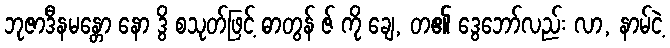
ဘုဇာဒီနမန္တော နော ဒွိ စသုတ်ဖြင့် ဓာတွန် ဇ် ကို ချေ, တ၏ ဒွေဘော်လည်း လာ, နာမ်ငဲ့